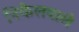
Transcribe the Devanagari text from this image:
निकेलवाले